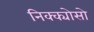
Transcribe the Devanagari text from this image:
निक्क्योसो